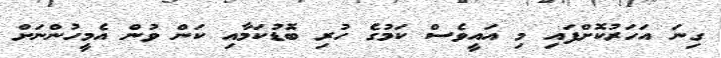
ގިނަ އަހަރުކޮށްފައި މި އައީވެސް ކަމުގެ ހުރި ބޮޑުކަމާއި ކަން ވުން އެމީހުންނަށް